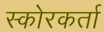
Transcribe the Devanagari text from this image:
स्कोरकर्ता